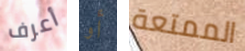
أعرف أو الممتعة